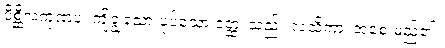
ပိစ္ဆိလကုဏပံ၊ ကျိချွဲသော ပုပ်သော ဝတ္ထု သည်။ လသိကာ၊ အစေးမည်၏။